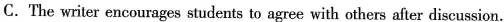
C.The writer encourages students to agree with others after discussion.